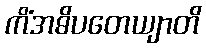
ကိံအဓိပတေယျာတိ